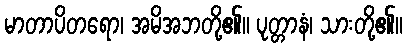
မာတာပိတရော၊ အမိအဘတို့၏။ ပုတ္တာနံ၊ သားတို့၏။